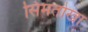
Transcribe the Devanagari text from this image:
सिमतोखा